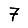
Digit: 7